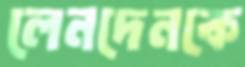
লেনদেনকে